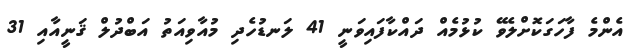
އެންމެ ފާހަގަކޮށްލެވޭ ކުޅުމެއް ދައްކާފައިވަނީ 41 ލަނޑުހެދި މުއާވިއަތު އަބްދުލް ޤަނީއާއި 31